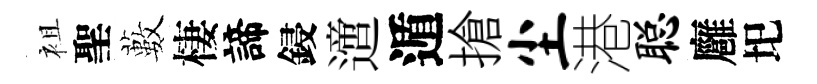
袓聖藪棲諦鋟𨗁遁搶尘港聪廱圯